Leaving Certificate Examination (including Day School Certificate (Higher) General paper), 1934
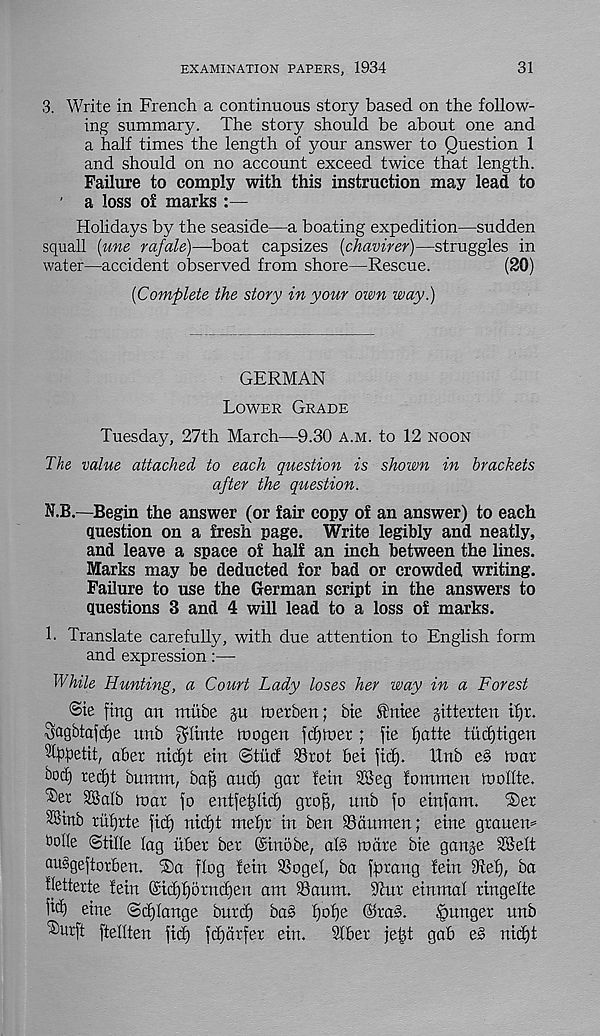
EXAMINATION PAPERS, 1934
31
3. Write in French a continuous story based on the follow-
ing summary. The story should be about one and
a half times the length of your answer to Question 1
and should on no account exceed twice that length.
Failure to comply with this instruction may lead to
' a loss o£ marks :—
Holidays by the seaside—a boating expedition—sudden
squall (une rafale)—boat capsizes [chavirer)—struggles in
water—accident observed from shore—Rescue.
(20)
[Complete the story in your own way.)
GERMAN
Lower Grade
Tuesday, 27th March—9.30 a.m. to 12 noon
The value attached to each question is shown in brackets
after the question.
N.B.—Begin the answer (or fair copy of an answer) to each
question on a fresh page. Write legibly and neatly,
and leave a space of half an inch between the lines.
Marks may be deducted for bad or crowded writing.
Failure to use the German script in the answers to
questions 3 and 4 will lead to a loss of marks.
h Translate carefully, with due attention to English form
and expression:—
While Hunting, a Court Lady loses her way in a Forest
<5ie fing an mube p toerben; bie fntee gitterteu it)x.
Sagbtafcfye imb $Imte luogen fc£)ft>er ; fie fjatte tud)tigen
%£etit, aber nicfjt ein ©tud: 33rot bet fid).
Rub e§ mar
bod) redjt bumm, baff and) gar fetu dBeg fommen mollte.
®er SBalb mar fo entfefdid) groff, unb fo einfam.
iSer
SSmb riifjrte fid) nidft mefjr in ben SSdnmen; eine granein
OoIIe ©tide lag uber ber (Sinobe, al§ mare bie gange 2Selt
auggeftorben. ®a flog fein SSogel, ba fforang fein dtef), ba
iletterte fein @id)f)ornd)en am 33anm. blur einmal ringelte
fid) eine ©d)lange burd) bas f)of)e ©rag.
hunger nnb
®ur[t ftellten fid) fdjarfer ein.
SIbet jetd gab e§ nid)t